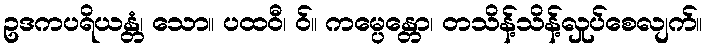
ဥဒကပရိယန္တံ၊ သော။ ပထဝီ၊ ဝ်။ ကမ္ပေန္တော၊ တသိန့်သိန့်လှုပ်စေလျက်။